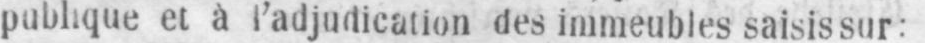
publique et à l’adjudication des immeubles saisis sur: